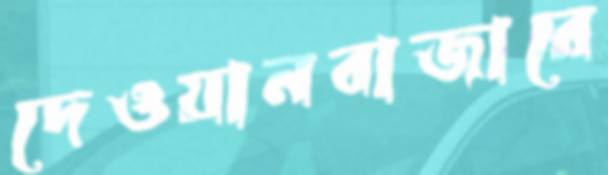
দেওয়ানবাজারে